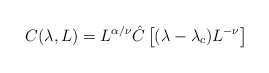
\begin{align*}C(\lambda ,L) = L^{\alpha / \nu} \hat{C}\left[{ (\lambda -\lambda_c)L^{-\nu}}\right]\end{align*}